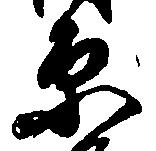
原